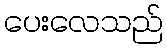
ပေးလေသည်